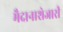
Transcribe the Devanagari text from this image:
मैदानाशेजारी